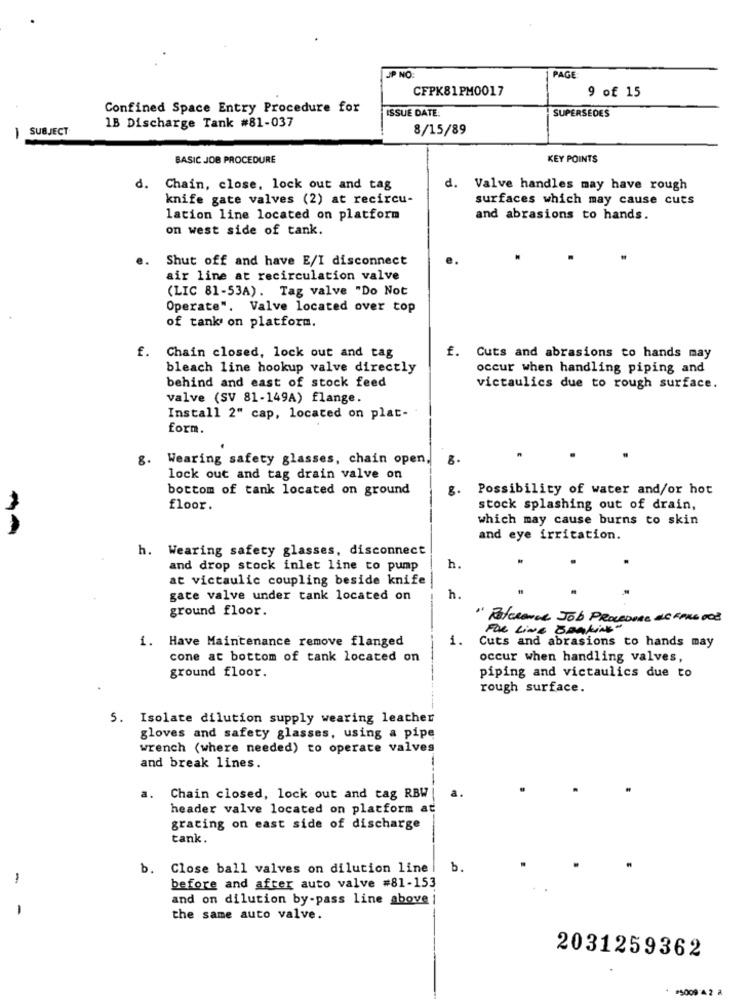
JP NO:
PAGE
CFPK81PM0017
9 of 15
Confined Space Entry Procedure for
ISSUE DATE:
SUPERSÉDES
1B Discharge Tank #81-037
SUBJECT
8/15/89
1
BASIC JOB PROCEDURE
KEY POINTS
d.
Chain, close, lock out and tag
d. Valve handles may have rough
knife gate valves (2) at recircu-
surfaces which may cause cuts
lation line located on platform
and abrasions to hands.
on west side of tank.
Shut off and have E/I disconnect
air line at recirculation valve
(LIC 81-53A). Tag valve "Do Not
Operate". Valve located over top
of tanks on platform.
f. Chain closed, lock out and tag
f. Cuts and abrasions to hands may
bleach line hookup valve directly
occur when handling piping and
behind and east of stock feed
victaulics due to rough surface.
valve (SV 81-149A) flange.
Install 2" cap, located on plat-
form
8.
Wearing safety glasses, chain open,
lock out and tag drain valve on
bottom of tank located on ground
8.
Possibility of water and/or hot
floor.
stock splashing out of drain,
which may cause burns to skin
and eye irritation.
h. Wearing safety glasses, disconnect
and drop stock inlet line to pump
h.
at victaulic coupling beside knife
gate valve under tank located on
h.
ground floor.
" Reference Job PROCEDURE de FAUL DOS
FOR LINE BRAKING"
1. Have Maintenance remove flanged
1.
Cuts and abrasions to hands may
cone at bottom of tank located on
occur when handling valves,
ground floor.
piping and victaulics due to
rough surface.
5. Isolate dilution supply wearing leather
gloves and safety glasses, using a pipe
wrench (where needed) to operate valves
-
and break lines.
a.
Chain closed, lock out and tag RBW
a.
header valve located on platform at
grating on east side of discharge
tank.
b. Close ball valves on dilution line |
b.
-
before and after auto valve #81-153
and on dilution by-pass line above
-
the same auto valve.
2031259362
#5009 2